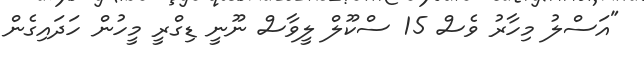
"އަސްލު މިހާރު ވެސް 15 ސްކޫލް ލީވާސް ނޫނީ ޑިގްރީ މީހުން ހަދައިގެން